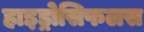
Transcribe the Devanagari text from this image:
हाइड्रोसिफलस